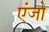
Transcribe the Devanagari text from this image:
एंजो